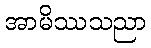
အာမိဿသညာ